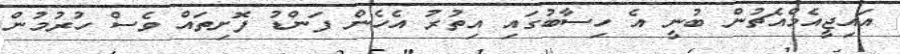
އައިޖީއެމްއެޗުން ބުނީ އެ ހިސާބުގައި އިތުރު އެހެން ފަންޑު ފޮށިތައް ވެސް ހުރުމުން